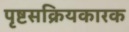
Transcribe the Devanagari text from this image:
पृष्टसक्रियकारक